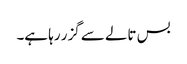
بس تالے سے گزر رہا ہے۔